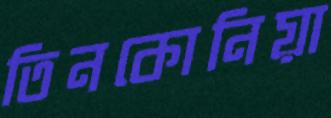
তিনকোনিয়া